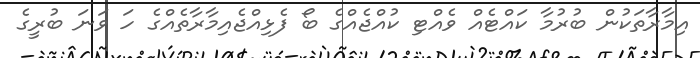
އިމާރާތަކުން ބުރުމާ ކައްޓެއް ވެއްޓި ކުއްޖެއްގެ ބޯ ފެޅިއްޖެއިމާރާތެއްގެ ހަ ވަނަ ބުރީގެ